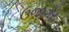
ઉજાગર